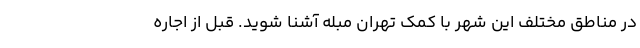
در مناطق مختلف این شهر با کمک تهران مبله آشنا شوید. قبل از اجاره